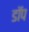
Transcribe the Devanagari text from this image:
डॉप